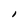
Character: I